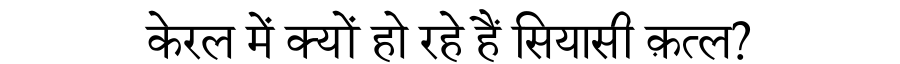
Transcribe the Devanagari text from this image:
केरल में क्यों हो रहे हैं सियासी क़त्ल?